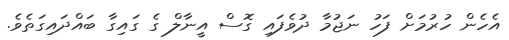
އެހެން ހުރުމަށް ފަހު ނަޖުމާ ދުވެފައި ގޮސް އީނާލް ގެ ގައިގާ ބައްދައިގަތެވެ.